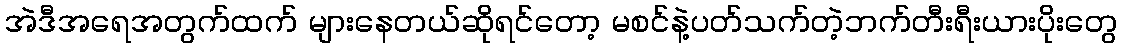
အဲဒီအရေအတွက်ထက် များနေတယ်ဆိုရင်တော့ မစင်နဲ့ပတ်သက်တဲ့ဘက်တီးရီးယားပိုးတွေ